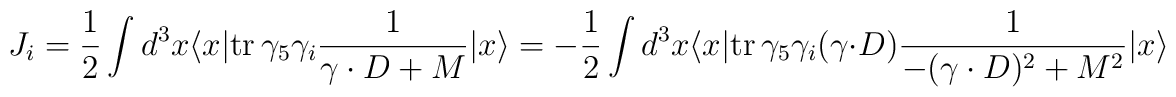
J_i = {1\over 2} \int d^3x \langle x|{\rm tr}\, \gamma_5 \gamma_i        {1\over \gamma\cdot D + M}          | x \rangle       = - {1\over 2} \int d^3x \langle x|{\rm tr}\, \gamma_5 \gamma_i     (\gamma\cdot D) {1 \over -(\gamma\cdot D)^2 +M^2}| x \rangle